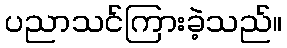
ပညာသင်ကြားခဲ့သည်။